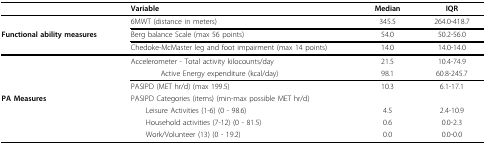
|  | Variable | Median | IQR |
 | --- | --- | --- | --- |
 |  | 6MWT (distance in meters) | 345.5 | 264.0-418.7 |
 | Functional ability measures | Berg balance Scale (max 56 points) | 54.0 | 50.2-56.0 |
 |  | Chedoke-McMaster leg and foot impairment (max 14 points) | 14.0 | 14.0-14.0 |
 |  | Accelerometer - Total activity kilocounts/day | 21.5 | 10.4-74.9 |
 |  | Active Energy expenditure (kcal/day) | 98.1 | 60.8-245.7 |
 |  | PASIPD (MET hr/d) (max 199.5) | 10.3 | 6.1-17.1 |
 | PA Measures | PASIPD Categories (items) (min-max possible MET hr/d) |  |  |
 |  | Leisure Activities (1-6) (0 - 98.6) | 4.5 | 2.4-10.9 |
 |  | Household activities (7-12) (0 - 81.5) | 0.6 | 0.0-2.3 |
 |  | Work/Volunteer (13) (0 - 19.2) | 0.0 | 0.0-0.0 |